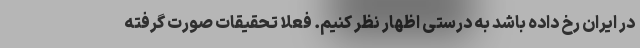
در ایران رخ داده باشد به درستی اظهار نظر کنیم. فعلا تحقیقات صورت گرفته